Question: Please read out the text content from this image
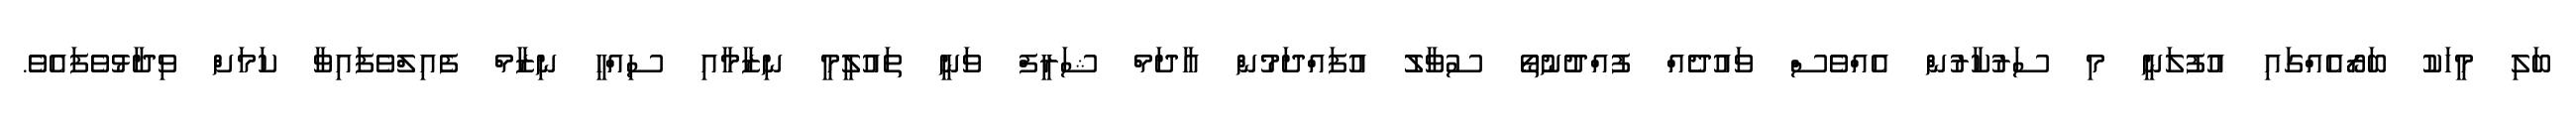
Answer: ބަލި މީހަކު ބަރޯއެއްގައި އުފުލަނީ މި ސަރުކާރުން އެއްވެސް ވައުދެއް ފުއްދުނުތޯ ސުވާލު އުފައްދަމުން އާދަމް ޝަރީފް ވަނީ ތައުލީމީ ނިޒާމާއި ސިއްހީ ނިޒާމް ފެއިލްވެފައިވާ ކަމަށް ވިދާޅުވެފައެވެ.